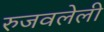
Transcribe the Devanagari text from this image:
रुजवलेली